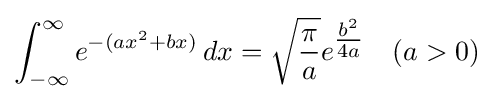
\int _{-\infty }^{\infty }e^{-(ax^{2}+bx)}\,dx={\sqrt {\pi  \over a}}e^{\tfrac {b^{2}}{4a}}\quad (a>0)